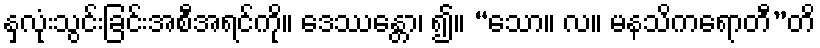
နှလုံးသွင်းခြင်းအစီအရင်ကို။ ဒေဿန္တော၊ ၍။ “သော။ လ။ မနသိကရောတီ”တိ